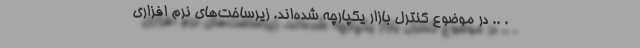
. .. در موضوع کنترل بازار یکپارچه شده‌اند. زیرساخت‌های نرم افزاری